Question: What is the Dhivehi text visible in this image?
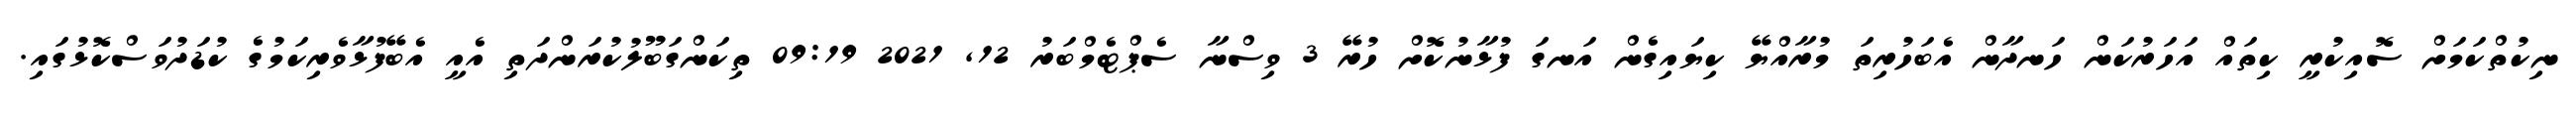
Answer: ނިކުތްކަމަށް ސޮއިކުރީ ކިތައް އަހަރުކަން ހަނދާން އެބަހުރިތަ މުރާއްޔޭ ކިޔައިގެން އަނގަ ފުޅާނުކޮށް ހުރޭ 3 ވިސްނާ ސެޕްޓެމްބަރު 12, 2021 09:19 ތިކަންގަބޫލުކުރަންދަތި އެއީ އެބޭފުޅާވެރިކަމުގެ ކުޑަދުވަސްކޮޅުގައި.